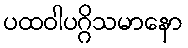
ပထဝါပဂ္ဂိသမာနော